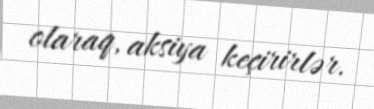
olaraq, aksiya keçirirlər.